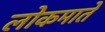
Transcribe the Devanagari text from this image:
लोकमाते